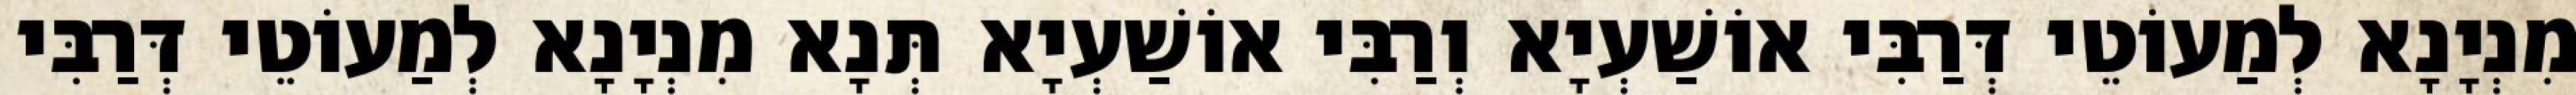
מִנְיָנָא לְמַעוֹטֵי דְּרַבִּי אוֹשַׁעְיָא וְרַבִּי אוֹשַׁעְיָא תְּנָא מִנְיָנָא לְמַעוֹטֵי דְּרַבִּי